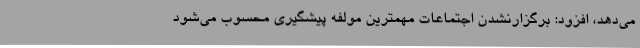
می‌دهد، افزود: برگزارنشدن اجتماعات مهمترین مولفه پیشگیری محسوب می‌شود